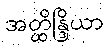
အတ္ထိန္ဒြိယာ